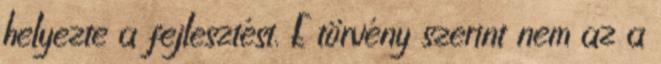
helyezte a fejlesztést. E törvény szerint nem az a